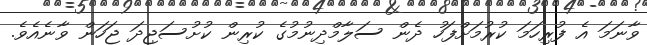
ވާނަމަ އެ ފުރިހަމަ ކުރުމަށްފަހު ދެން ސަލާމްދިނުމުގެ ކުރިން ކުށުސަޖިދަ ޖަހަން ވާނެއެވެ.